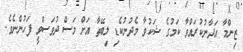
ޒިންމާ އަދާނުކުރައްވާ ކަމުގެ ޝަކުވާ މެދުނުކެޑި ލިބޭތާ އަށް މަސް ދުވަސްވީ ފަހުންނެވެ.